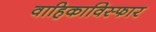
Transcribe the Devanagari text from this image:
वाहिकाविस्फार